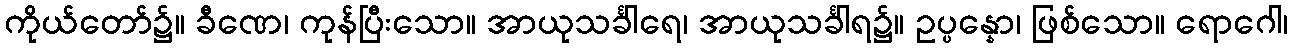
ကိုယ်တော်၌။ ခီဏေ၊ ကုန်ပြီးသော။ အာယုသင်္ခါရေ၊ အာယုသင်္ခါရ၌။ ဥပ္ပန္နော၊ ဖြစ်သော။ ရောဂေါ၊